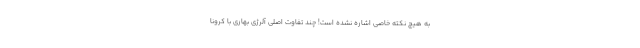
به هیچ نکته خاصی اشاره نشده است! چند تفاوت اصلی آلرژی بهاری با کرونا